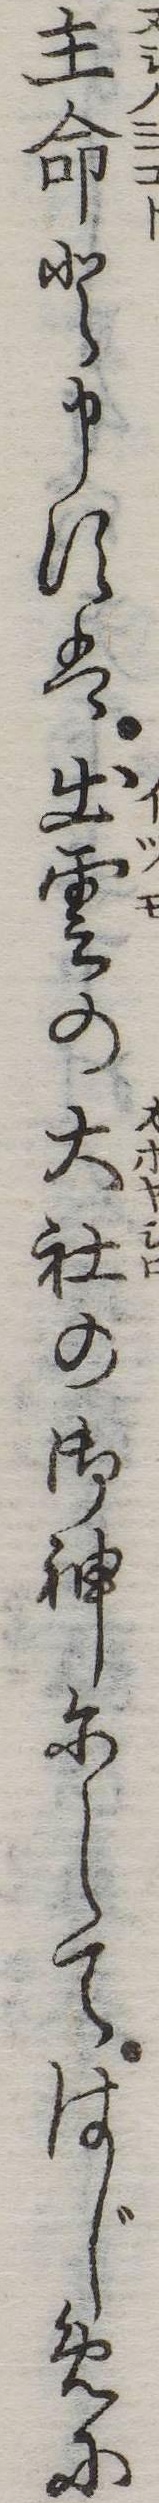
主命と申すは出雲の大社の御神にしてはじめに